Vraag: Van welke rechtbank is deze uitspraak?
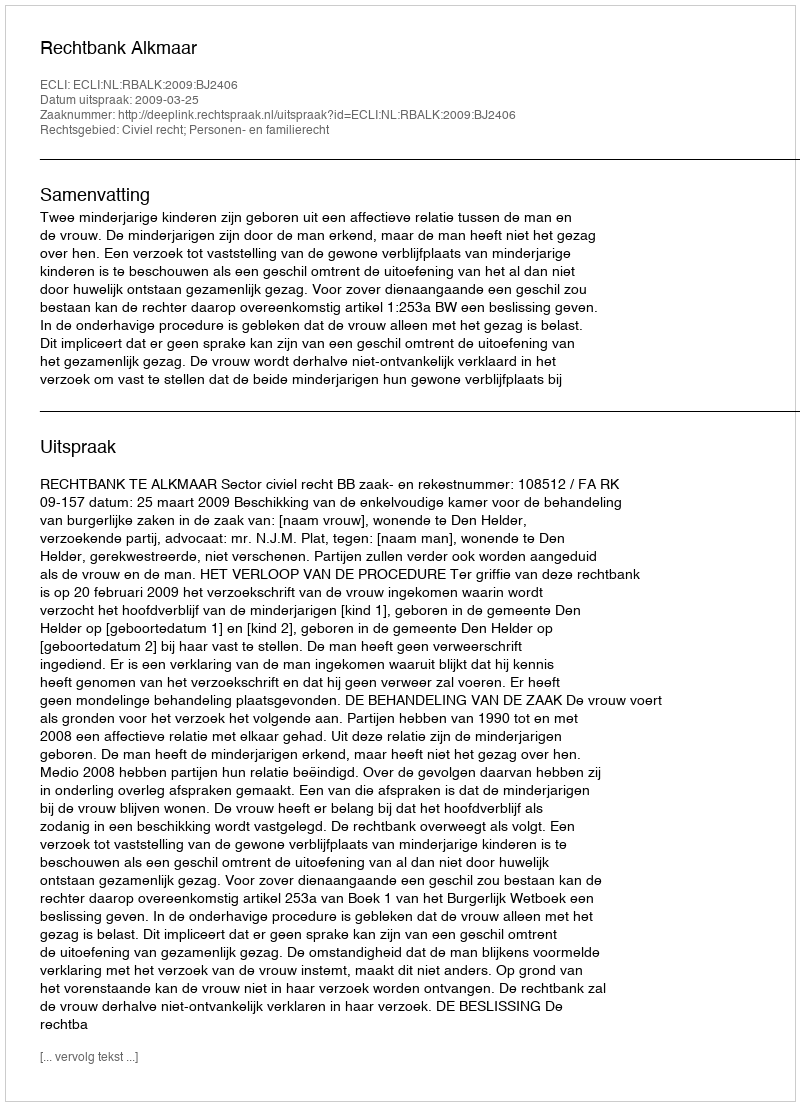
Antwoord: Rechtbank Alkmaar